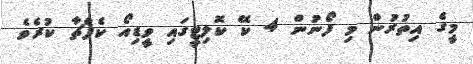
މީގެ އިތުރުން މި ފޯނުން 4 ކޭ ކޮލިޓީގައި ވީޑިއޯ ކެޕްޗާ ކުރެވެ